Materia medica of Madras volume I
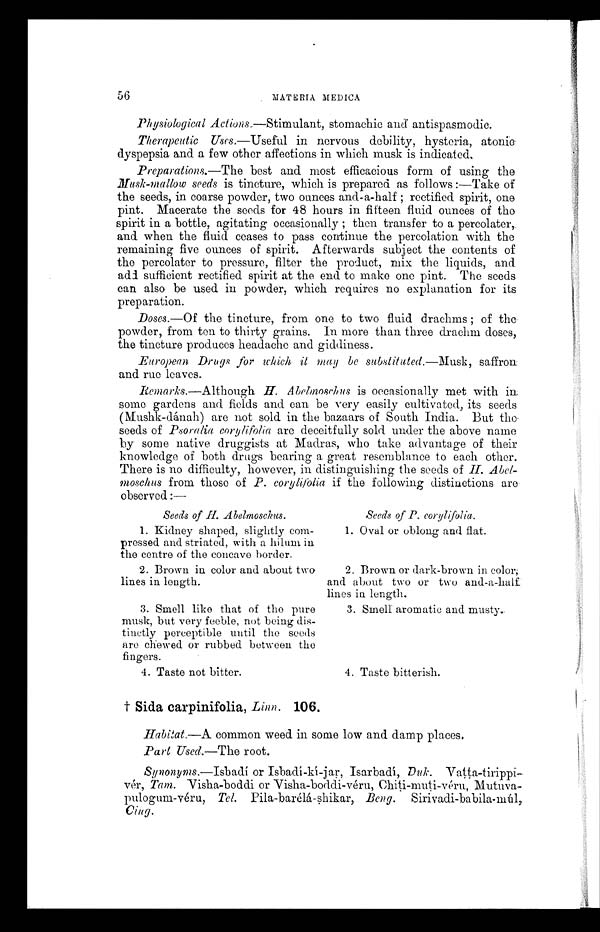
56
MATERIA MEDICA
Physiological Actions.—Stimulant, stomachic and antispasmodic.
Therapeutic Uses.—Useful in nervous debility, hysteria, atonic
dyspepsia and a few other affections in which musk is indicated,
Preparations.—The best and most efficacious form of using the
Musk-mallow seeds is tincture, which is prepared as follows :—Take of
the seeds, in coarse powder, two ounces and-a-half ; rectified spirit, one
pint. Macerate the seeds for 48 hours in fifteen fluid ounces of the
spirit in a bottle, agitating occasionally ; then transfer to a percolator,.
and when the fluid ceases to pass continue the percolation with the
remaining five ounces of spirit. Afterwards subject the contents of
the percolator to pressure, filter the product, mix the liquids, and
add sufficient rectified spirit at the end to make one pint. The seeds
can also be used in powder, which requires no explanation for its
preparation.
Doses.—Of the tincture, from one to two fluid drachms ; of the
powder, from ten to thirty grains. In more than three drachm doses,
the tincture produces headache and giddiness.
European Dregs for which it may be substituted.—Musk, saffron
and rue leaves.
Remarks.—Although H. Abelmoschus is occasionally met with in
seine gardens and fields and can be very easily cultivated, its seeds
(Mushk-dánah) are not sold. in the bazaars of South India. But the
seeds of Psoralia corylifolia are deceitfully sold under the above name
by some native druggists at Madras, who take advantage of their
knowledge of both drugs bearing a great resemblance to each other.
There is no difficulty, however, in distinguishing the seeds of H .
Abel-moschus from those of P. corylifolia if the following distinctions are
observed :—
Seeds of H. Abelmoschus.
Seeds of P. corylifolia.
1. Kidney shaped, slightly com-
pressed and striated, with a hilum in
the centre of the concave border.
2. Brown in color and about two
lines in length.
1. Oval or oblong and flat.
2. Brown or dark-brown in color;
and about two or two and-a-half
lines in length.
3. Smell aromatic and musty.
3. Smell like that of the pure
musk, but very feeble, not being dis-
tinctly perceptible until the seeds
are chewed or rubbed. between the
fingers.
4. Taste not bitter.
4. Taste bitterish.
† Sida carpinifolia, Linn. 106.
Habitat.—A common weed in some low and damp places.
Part Used.—The root.
Synonyms.—Isbadí or Isbadí-kí-jar, Isarbadí, Duk.
V a t t a - t i r i p p i v é r ,
T a m . V
i s h a - b o d d i o r V i s h a - b o d d i - v é r u ,C
h i t i - m u t i - v é r u ,
Mutuva-pulogum-véru, Tel. Pila-barélá-shikar, Beng.
Cing.